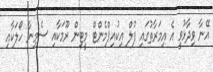
އޭނާ ވިދާޅުވީ އެ އިމަރާތުގައި ފުލް އިކުއިޕްމެންޓް މީޓިން ރޫމަކާއި ސެމިނާ ހޯލަކާއި